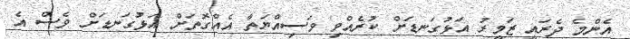
އެންމެ ދެރައީ ޒަމީރު އަޅުގަނޑަށް ކުރެއްވި ވަސިއްޔަތާ އެއްގޮތަަށް އަޅުގަނޑަށް ވެސް އެ